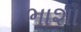
ભાશા